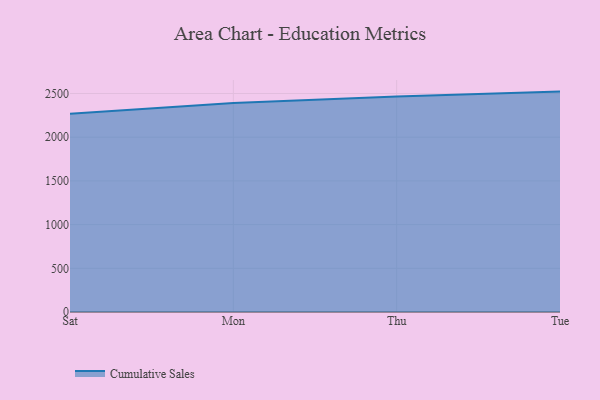
{"axis": {"x": "Day", "y": "Revenue (USD Million)"}, "legend": ["Cumulative Sales"], "data": [{"x": "Sat", "y": 2269.7, "type": "Cumulative Sales"}, {"x": "Mon", "y": 2391.7, "type": "Cumulative Sales"}, {"x": "Thu", "y": 2465.4, "type": "Cumulative Sales"}, {"x": "Tue", "y": 2521.8, "type": "Cumulative Sales"}]}